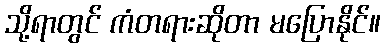
သို့ရာတွင် ကံတရားဆိုတာ မပြောနိုင်။